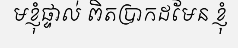
មខ្ញុំផ្ទាល់ ពិតប្រាកដមែន ខ្ញុំ